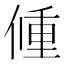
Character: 𨤨